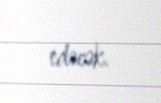
edəcək.